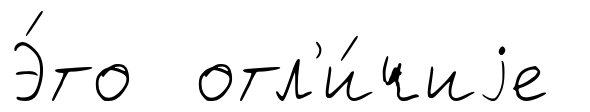
Э́то отл'и́чиjе